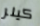
كيلر